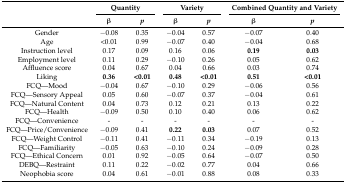
<table><thead><tr><td rowspan="2"></td><td colspan="2"><b>Quantity</b></td><td colspan="2"><b>Variety</b></td><td colspan="2"><b>Combined Quantity and Variety</b></td></tr><tr><td><b>β</b></td><td><b><i>p</i></b></td><td><b>β</b></td><td><b><i>p</i></b></td><td><b>β</b></td><td><b><i>p</i></b></td></tr></thead><tbody><tr><td>Gender</td><td>−0.08</td><td>0.35</td><td>−0.04</td><td>0.57</td><td>−0.07</td><td>0.40</td></tr><tr><td>Age</td><td>&lt;0.01</td><td>0.99</td><td>−0.07</td><td>0.40</td><td>−0.04</td><td>0.68</td></tr><tr><td>Instruction level</td><td>0.17</td><td>0.09</td><td>0.16</td><td>0.06</td><td><b>0.19</b></td><td><b>0.03</b></td></tr><tr><td>Employment level</td><td>0.11</td><td>0.29</td><td>−0.10</td><td>0.26</td><td>0.05</td><td>0.62</td></tr><tr><td>Affluence score</td><td>0.04</td><td>0.67</td><td>0.04</td><td>0.66</td><td>0.03</td><td>0.74</td></tr><tr><td>Liking</td><td><b>0.36</b></td><td><b>&lt;0.01</b></td><td><b>0.48</b></td><td><b>&lt;0.01</b></td><td><b>0.51</b></td><td><b>&lt;0.01</b></td></tr><tr><td>FCQ—Mood</td><td>−0.04</td><td>0.67</td><td>−0.10</td><td>0.29</td><td>−0.06</td><td>0.56</td></tr><tr><td>FCQ—Sensory Appeal</td><td>0.05</td><td>0.60</td><td>−0.07</td><td>0.37</td><td>−0.04</td><td>0.61</td></tr><tr><td>FCQ—Natural Content</td><td>0.04</td><td>0.73</td><td>0.12</td><td>0.21</td><td>0.13</td><td>0.22</td></tr><tr><td>FCQ—Health</td><td>−0.09</td><td>0.50</td><td>0.10</td><td>0.40</td><td>0.06</td><td>0.62</td></tr><tr><td>FCQ—Convenience</td><td>-</td><td>-</td><td>-</td><td>-</td><td>-</td><td>-</td></tr><tr><td>FCQ—Price/Convenience</td><td>−0.09</td><td>0.41</td><td><b>0.22</b></td><td><b>0.03</b></td><td>0.07</td><td>0.52</td></tr><tr><td>FCQ—Weight Control</td><td>−0.11</td><td>0.41</td><td>−0.11</td><td>0.34</td><td>−0.19</td><td>0.13</td></tr><tr><td>FCQ—Familiarity</td><td>−0.05</td><td>0.63</td><td>−0.10</td><td>0.24</td><td>−0.09</td><td>0.28</td></tr><tr><td>FCQ—Ethical Concern</td><td>0.01</td><td>0.92</td><td>−0.05</td><td>0.64</td><td>−0.07</td><td>0.50</td></tr><tr><td>DEBQ—Restraint</td><td>0.11</td><td>0.22</td><td>−0.02</td><td>0.77</td><td>0.04</td><td>0.66</td></tr><tr><td>Neophobia score</td><td>0.04</td><td>0.61</td><td>−0.01</td><td>0.88</td><td>0.08</td><td>0.33</td></tr></tbody></table>